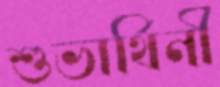
শুভার্থিনী